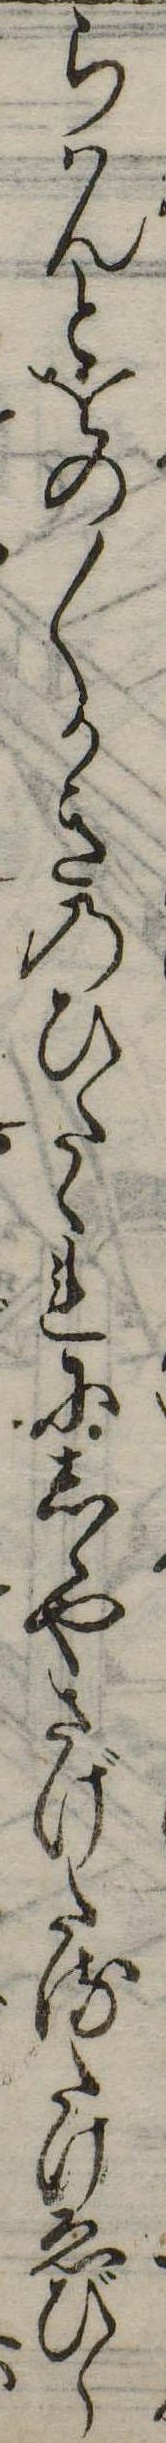
らはんとをの〱かきのひたゝれにしかやさげたるたけゑびら